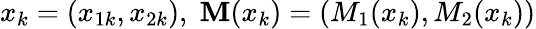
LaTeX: x_{k}=(x_{1k},x_{2k}),\; \textbf{M}(x_{k})=(M_{1}(x_{k}),M_{2}(x_{k}))